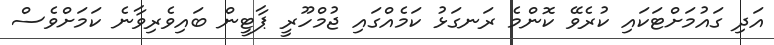
އަދި ގައުމަށްޓަކައި ކުރެވޭ ކޮންމެ ރަނގަޅު ކަމެއްގައި ޖުމްހޫރީ ޕާޓީން ބައިވެރިވާނެ ކަމަށްވެސް